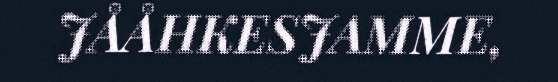
JÅÅHKESJAMME,